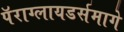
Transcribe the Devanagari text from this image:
पॅराग्लायडर्समागे